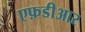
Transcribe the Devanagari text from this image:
एफ़डीआर